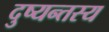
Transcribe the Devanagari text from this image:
दुष्यन्तस्य